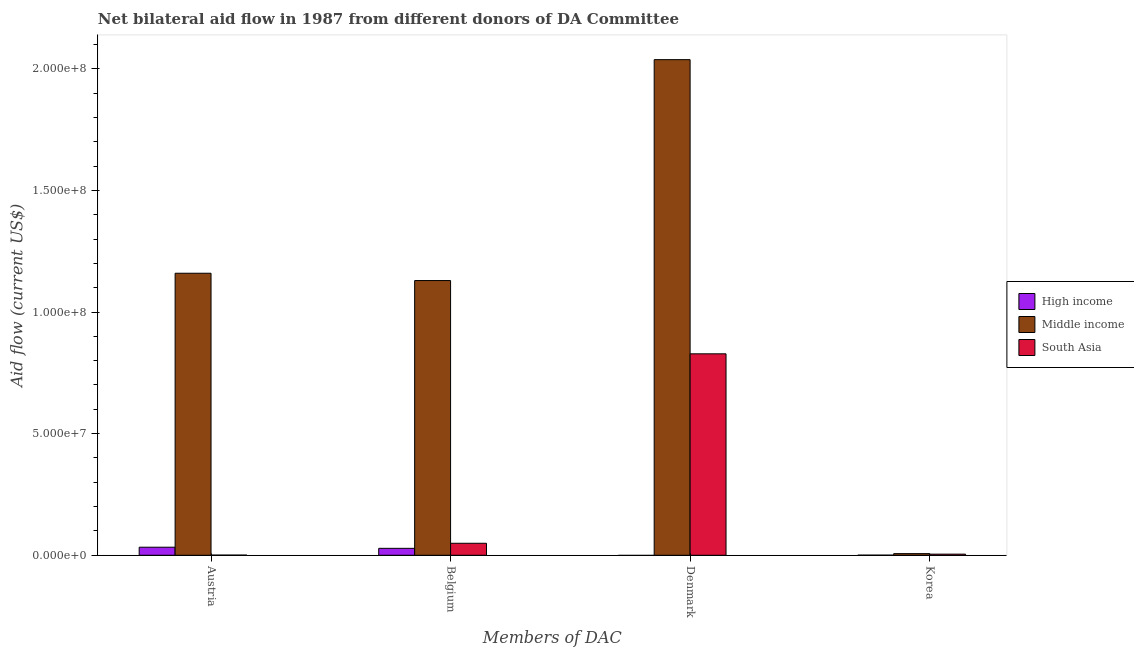
| Members of DAC | High income | Middle income | South Asia |
 | --- | --- | --- | --- |
 | Austria | 3.31e+06 | 1.16e+08 | 6e+04 |
 | Belgium | 2.85e+06 | 1.13e+08 | 4.93e+06 |
 | Denmark | -6.8e+05 | 2.04e+08 | 8.28e+07 |
 | Korea | 4e+04 | 6.7e+05 | 4.6e+05 |